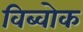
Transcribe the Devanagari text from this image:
विब्वोक